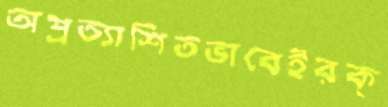
অপ্রত্যাশিতভাবেইরক্